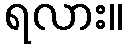
ရလား။